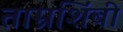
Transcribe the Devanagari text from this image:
ताम्रशिंबी